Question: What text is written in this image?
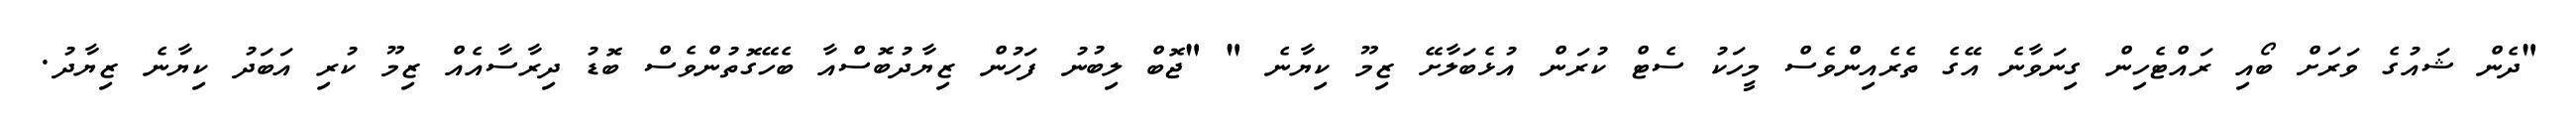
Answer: "ދެން ޝައުގެ ވަރަށް ބޯއި ރައްޓެހިން ގިނަވާނެ އޭގެ ތެރެއިންވެސް މީހަކު ސެޓް ކުރަން އުޅެބަލާށޭ ޒިމޫ ކިޔާނެ " "ޖޮބް ލިބުނު ފަހުން ޒިޔާދުބޮސްއާ ބެހޭގޮތުންވެސް ބޮޑު ދިރާސާއެއް ޒިމޫ ކުރި އަބަދު ކިޔާނެ ޒިޔާދު.